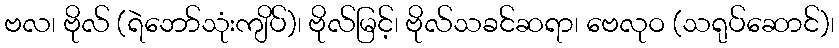
ဗလ၊ ဗိုလ် (ရဲဘော်သုံးကျိပ်)၊ ဗိုလ်မြင့်၊ ဗိုလ်သခင်ဆရာ၊ ဗေလုဝ (သရုပ်ဆောင်)၊